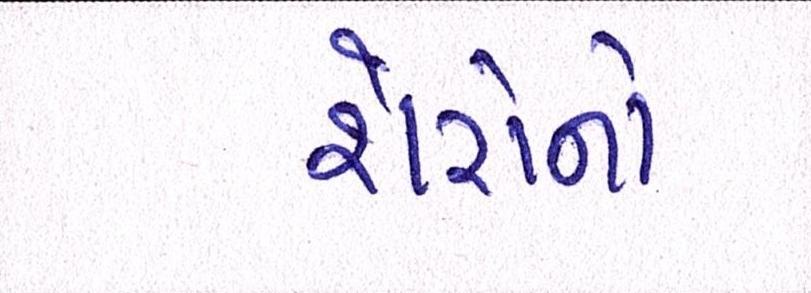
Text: શેરોનો